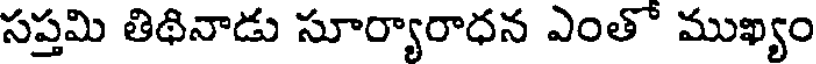
సప్తమి తిథినాడు సూర్యారాధన ఎంతో ముఖ్యం